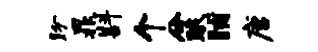
盼晁斟个兮眠晡唐